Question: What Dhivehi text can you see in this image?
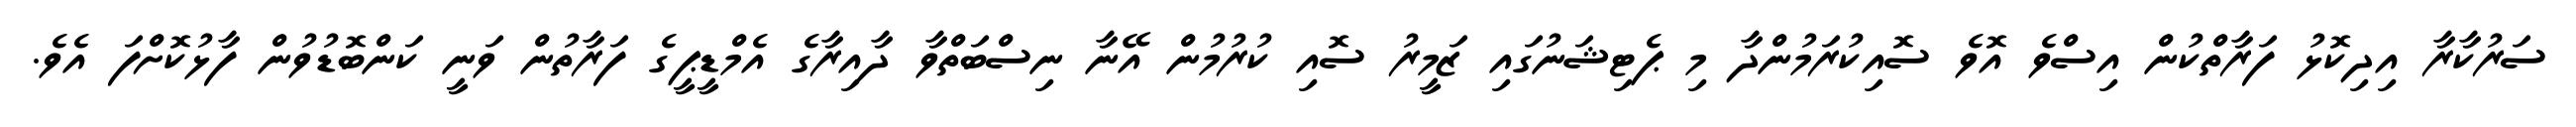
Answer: ސަރުކާރާ އިދިކޮޅު ފަރާތްކުން އިސްވެ އޮވެ ސޮއިކުރަމުންދާ މި ޕެޓިޝަނުގައި ޒަމީރު ސޮއި ކުރުމުން އޭނާ ނިސްބަތްވާ ދާއިރާގެ އެމްޑީޕީގެ ފަރާތުން ވަނީ ކަންބޮޑުވުން ފާޅުކޮށްފަ އެވެ.